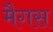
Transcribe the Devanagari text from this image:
मैगस